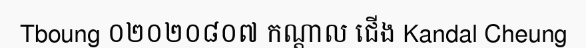
Tboung ០២០២០៨០៧ កណ្តាល ជើង Kandal Cheung